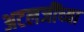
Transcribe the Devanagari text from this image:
अटलजींच्या